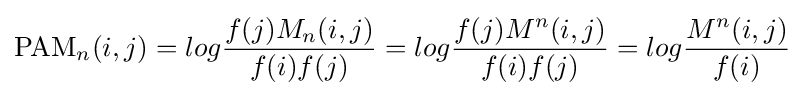
{\text{PAM}}_{n}(i,j)=log{\frac {f(j)M_{n}(i,j)}{f(i)f(j)}}=log{\frac {f(j)M^{n}(i,j)}{f(i)f(j)}}=log{\frac {M^{n}(i,j)}{f(i)}}